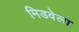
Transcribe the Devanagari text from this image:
मिडवेला